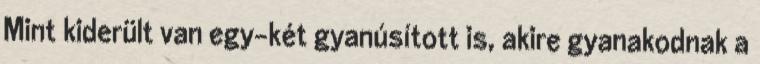
Mint kiderült van egy-két gyanúsított is, akire gyanakodnak a